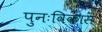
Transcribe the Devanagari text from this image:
पुनःविकास